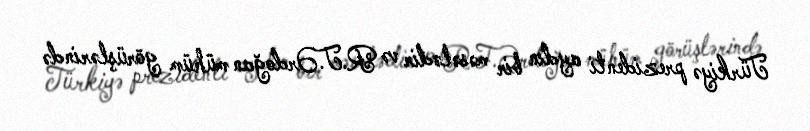
Türkiyə prezidenti aydın bir məsələdir və R.T.Ərdoğan mühüm görüşlərində